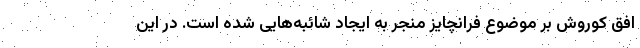
افق کوروش بر موضوع فرانچایز منجر به ایجاد شائبه­هایی شده است. در این